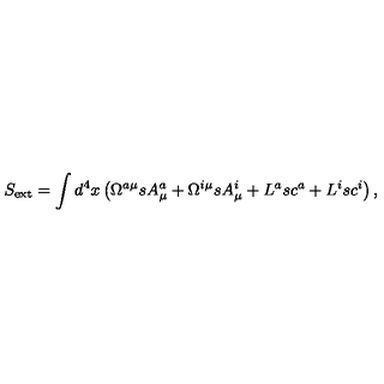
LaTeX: S _ { \mathrm { e x t } } = \int d ^ { 4 } x \left( \Omega ^ { a \mu } s A _ { \mu } ^ { a } + \Omega ^ { i \mu } s A _ { \mu } ^ { i } + L ^ { a } s c ^ { a } + L ^ { i } s c ^ { i } \right) ,